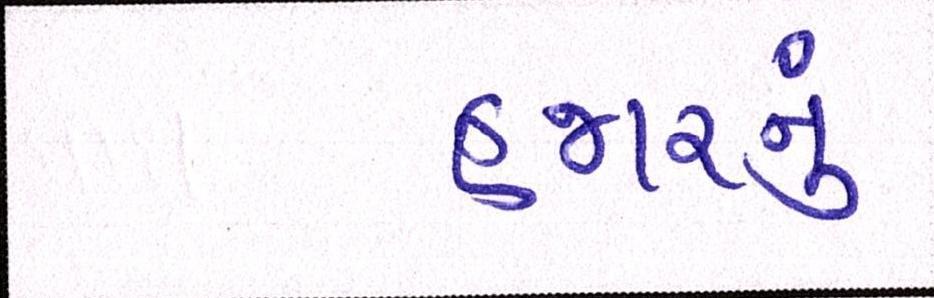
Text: હજારનું